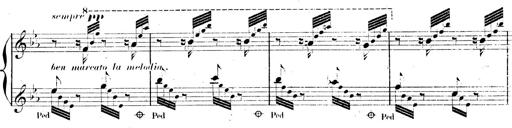
Title: AnnÃ©es de pÃ¨lerinage II, SupplÃ©ment
Composer: Franz Liszt